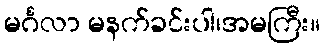
မင်္ဂလာ မနက်ခင်းပါ၊အမကြီး။